Indian journal of veterinary science and animal husbandry - Volume 12,
Year: 1942
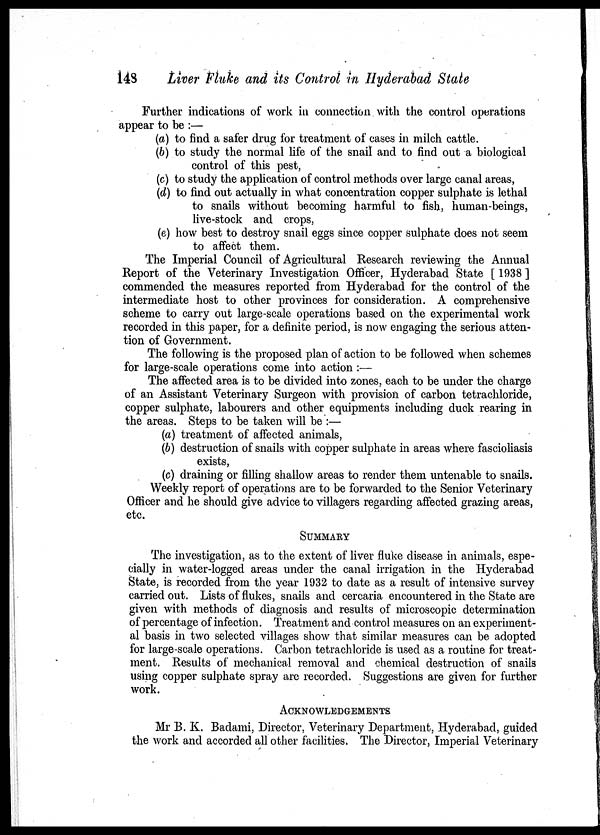
148
Liver Fluke and its Control in Hyderabad State
Further indications of work in connection with the control operations
appear to be :—
(a) to find a safer drug for treatment of cases in milch cattle.
(b) to study the normal life of the snail and to find out a biological
control of this pest,
(c) to study the application of control methods over large canal areas,
(d) to find out actually in what concentration copper sulphate is lethal
to snails without becoming harmful to fish, human-beings,
live-stock and crops,
(e) how best to destroy snail eggs since copper sulphate does not seem
to affect them.
The Imperial Council of Agricultural Research reviewing the Annual
Report of the Veterinary Investigation Officer, Hyderabad State [ 1938 ]
commended the measures reported from Hyderabad for the control of the
intermediate host to other provinces for consideration. A comprehensive
scheme to carry out large-scale operations based on the experimental work
recorded in this paper, for a definite period, is now engaging the serious atten-
tion of Government.
The following is the proposed plan of action to be followed when schemes
for large-scale operations come into action :—
The affected area is to be divided into zones, each to be under the charge
of an Assistant Veterinary Surgeon with provision of carbon tetrachloride,
copper sulphate, labourers and other equipments including duck rearing in
the areas. Steps to be taken will be :—
(a) treatment of affected animals,
(b) destruction of snails with copper sulphate in areas where fascioliasis
exists,
(c) draining or filling shallow areas to render them untenable to snails.
Weekly report of operations are to be forwarded to the Senior Veterinary
Officer and he should give advice to villagers regarding affected grazing areas,
etc.
SUMMARY
The investigation, as to the extent of liver fluke disease in animals, espe-
cially in water-logged areas under the canal irrigation in the Hyderabad
State, is recorded from the year 1932 to date as a result of intensive survey
carried out. Lists of flukes, snails and cercaria encountered in the State are
given with methods of diagnosis and results of microscopic determination
of percentage of infection. Treatment and control measures on an experiment-
al basis in two selected villages show that similar measures can be adopted
for large-scale operations. Carbon tetrachloride is used as a routine for treat-
ment. Results of mechanical removal and chemical destruction of snails
using copper sulphate spray are recorded. Suggestions are given for further
work.
ACKNOWLEDGEMENTS
Mr B. K. Badami, Director, Veterinary Department, Hyderabad, guided
the work and accorded all other facilities. The Director, Imperial Veterinary